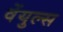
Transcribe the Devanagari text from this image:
वेंयुल्स